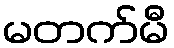
မတက်မီ